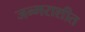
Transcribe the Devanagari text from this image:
जन्मराशीत